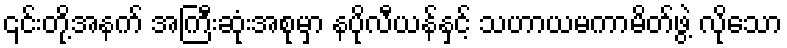
၎င်းတို့အနက် အကြီးဆုံးအစုမှာ နပိုလီယန်နှင့် သဟာယမကာမိတ်ဖွဲ့ လိုသော